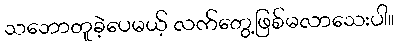
သဘောတူခဲ့ပေမယ့် လက်တွေ့ဖြစ်မလာသေးပါ။